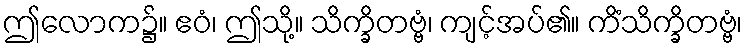
ဤလောက၌။ ဧဝံ၊ ဤသို့။ သိက္ခိတဗ္ဗံ၊ ကျင့်အပ်၏။ ကိံသိက္ခိတဗ္ဗံ၊